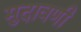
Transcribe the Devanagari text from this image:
मुदावणी